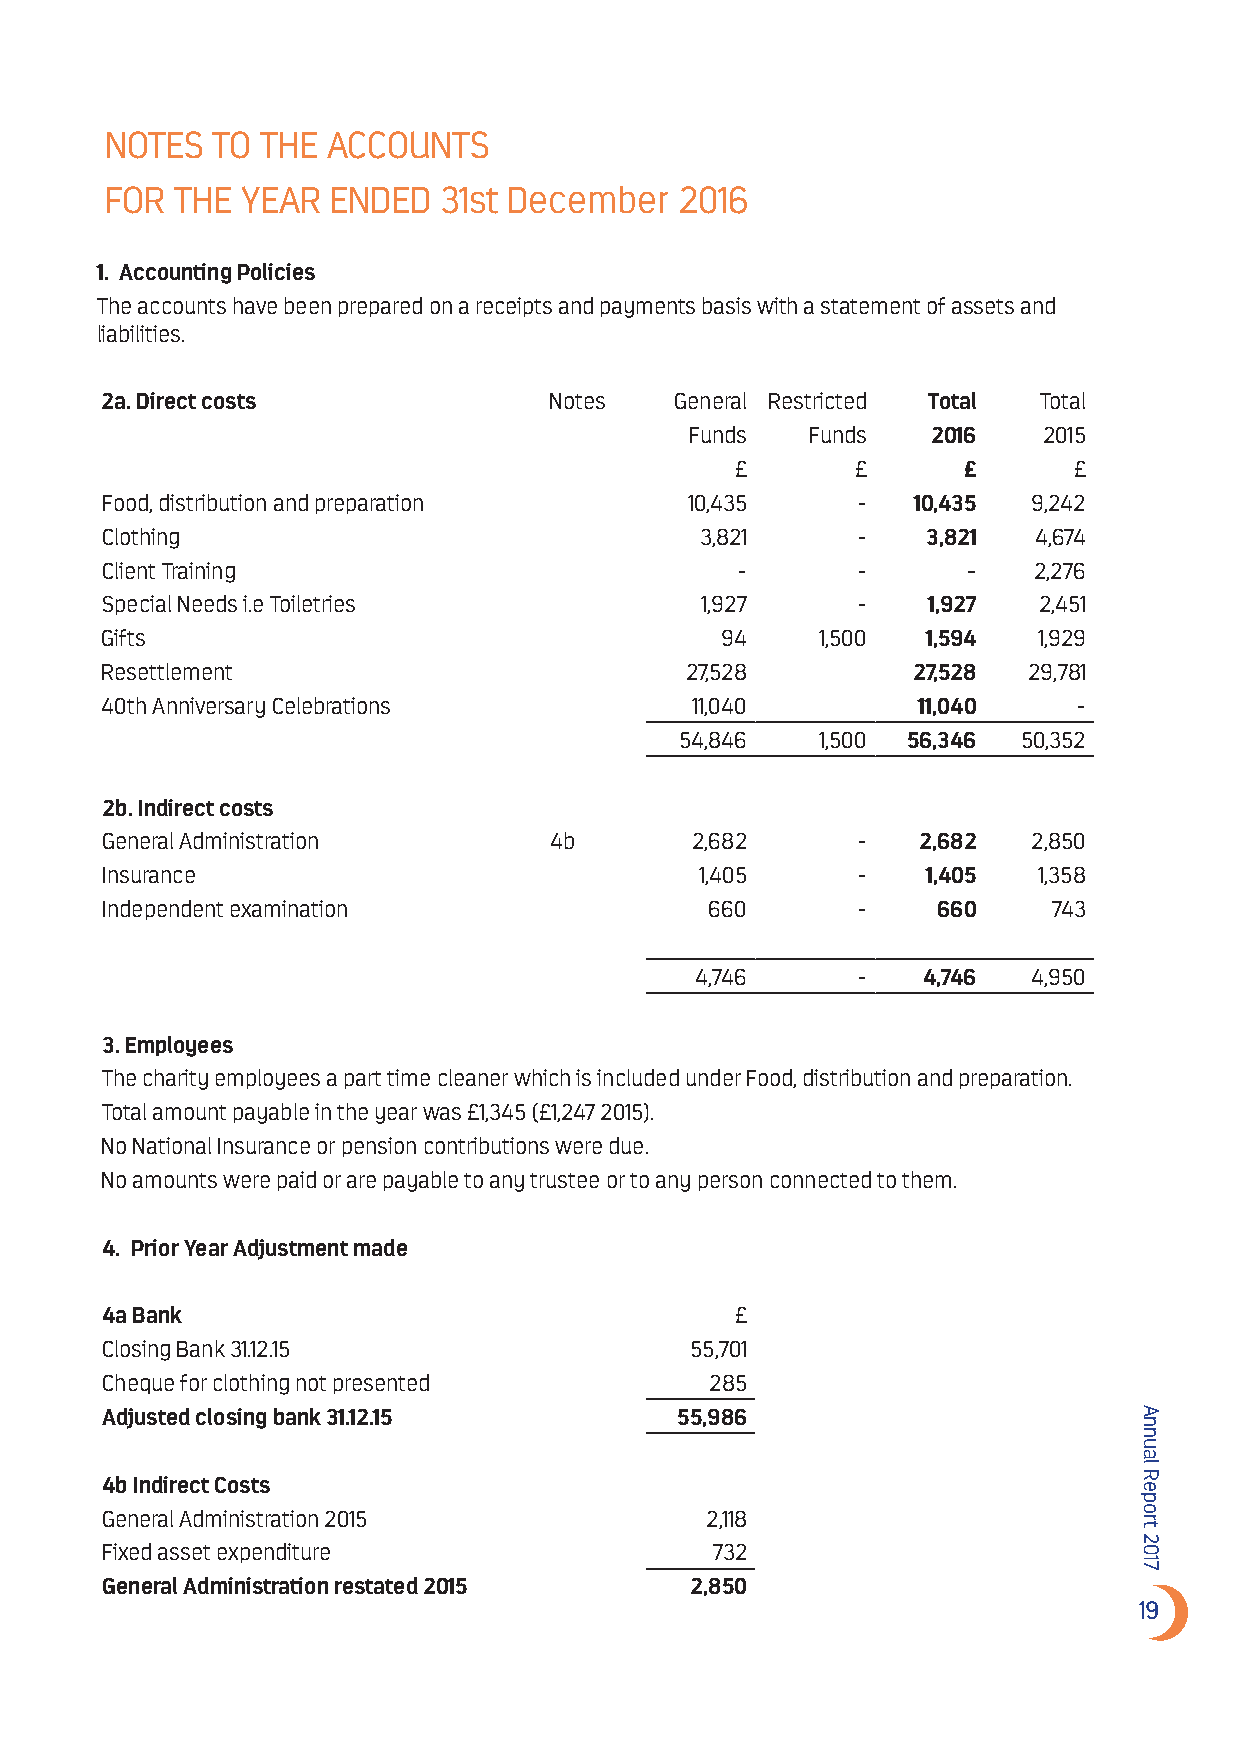
NOTES  TO THE  ACCOUNTS
 FOR  THE YEAR  ENDED  31st December   2016
 1. Accounting Policies
 The accounts have been prepared on a receipts and payments basis with a statement of assets and
 liabilities.
 2a. Direct costs             Notes    General Restricted Total Total
 Funds   Funds   2016   2015
 £       £      £      £
 Food, distribution and preparation    10,435      -  10,435  9,242
 Clothing                               3,821      -   3,821  4,674
 Client Training                           -       -      -   2,276
 Special Needs i.e Toiletries           1,927      -   1,927   2,451
 Gifts                                    94    1,500  1,594   1,929
 Resettlement                          27,528         27,528  29,781
 40th Anniversary Celebrations          11,040         11,040    -
 54,846   1,500 56,346  50,352
 2b. Indirect costs
 General Administration       4b        2,682      -   2,682  2,850
 Insurance                              1,405      -   1,405   1,358
 Independent examination                 660       -    660     743
 4,746      -   4,746  4,950
 3. Employees
 The charity employees a part time cleaner which is included under Food, distribution and preparation.
 Total amount payable in the year was £1,345 (£1,247 2015).
 No National Insurance or pension contributions were due.
 No amounts were paid or are payable to any trustee or to any person connected to them.
 4. Prior Year Adjustment made
 4a Bank                                   £
 Closing Bank 31.12.15                  55,701
 Cheque for clothing not presented       285
 Adjusted closing bank 31.12.15        55,986
 4b Indirect Costs
 General Administration 2015             2,118
 Fixed asset expenditure                 732
 General Administration restated 2015   2,850
 19
 Annual
 Report
 2017